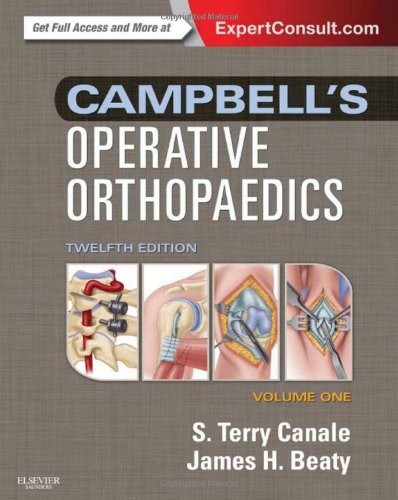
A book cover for Campbell's Operative Orthopaedics: 4-Volume Set, 12e; S. Terry Canale MD; Medical Books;